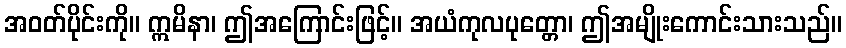
အဝတ်ပိုင်းကို။ ဣမိနာ၊ ဤအကြောင်းဖြင့်။ အယံကုလပုတ္တော၊ ဤအမျိုးကောင်းသားသည်။